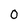
Character: 0